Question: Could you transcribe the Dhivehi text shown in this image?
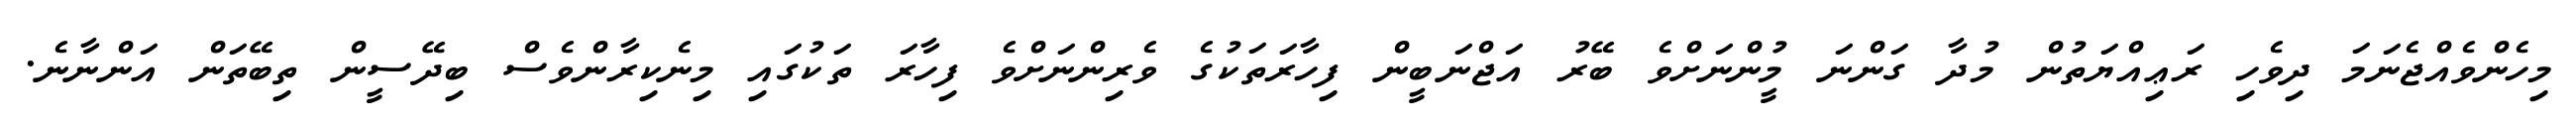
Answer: މިހެންވެއްޖެނަމަ ދިވެހި ރަޢިއްޔަތުން މުދާ ގަންނަ މީުންނަށްވެ ބޭރު އަޖްނަބީން ފިހާރަތަކުގެ ވެރިންނަށްވެ ފިހާރަ ތަކުގައި މިނެކިރާންވެސް ބިދޭސީން ތިބޭތަން އަންނާނެ.